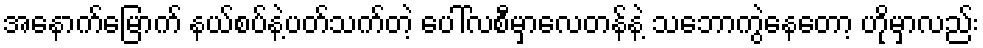
အနောက်မြောက် နယ်စပ်နဲ့ပတ်သက်တဲ့ ပေါ်လစီမှာလေတန်နဲ့ သဘောကွဲနေတော့ ဟိုမှာလည်း